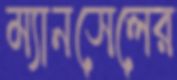
ম্যানসেলের